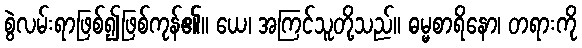
စွဲလမ်းရာဖြစ်၍ဖြစ်ကုန်၏။ ယေ၊ အကြင်သူတို့သည်။ ဓမ္မစာရိနော၊ တရားကို